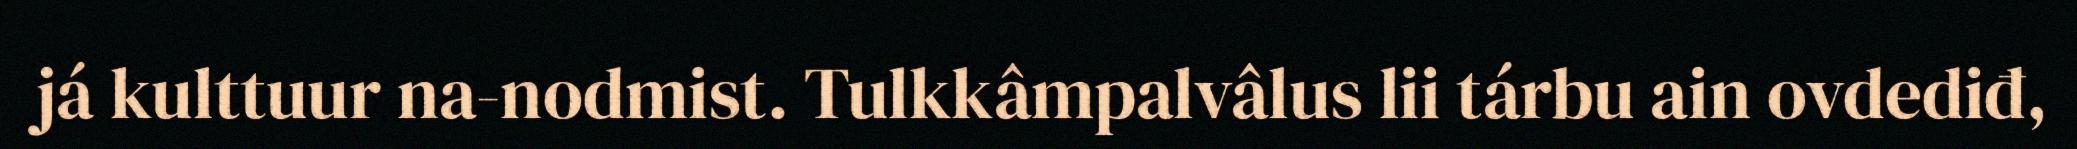
já kulttuur na-nodmist. Tulkkâmpalvâlus lii tárbu ain ovdediđ,